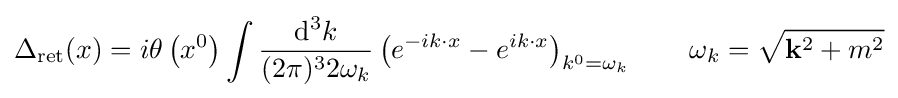
\Delta _{\mathrm {ret} }(x)=i\theta \left(x^{0}\right)\int {\frac {\mathrm {d} ^{3}k}{(2\pi )^{3}2\omega _{k}}}\left(e^{-ik\cdot x}-e^{ik\cdot x}\right)_{k^{0}=\omega _{k}}\qquad \omega _{k}={\sqrt {\mathbf {k} ^{2}+m^{2}}}